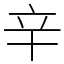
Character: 辛